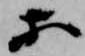
等